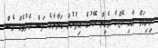
ވިލިއަމް އާއި ކޭޓްގެ ވެޑިން ކޭކުގެ އިތުުރުން ޑަޔާނާގެ ފަސް ހެދުމެއް ވެސް